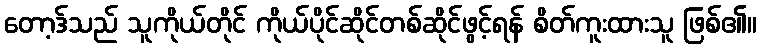
တော့ဒ်သည် သူကိုယ်တိုင် ကိုယ်ပိုင်ဆိုင်တစ်ဆိုင်ဖွင့်ရန် စိတ်ကူးထားသူ ဖြစ်၏။